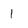
Character: 1